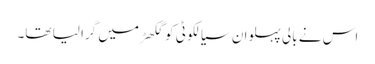
اس نے بالی پہلوان سیالکوٹی کو گکھڑ میں گرا لیا تھا۔